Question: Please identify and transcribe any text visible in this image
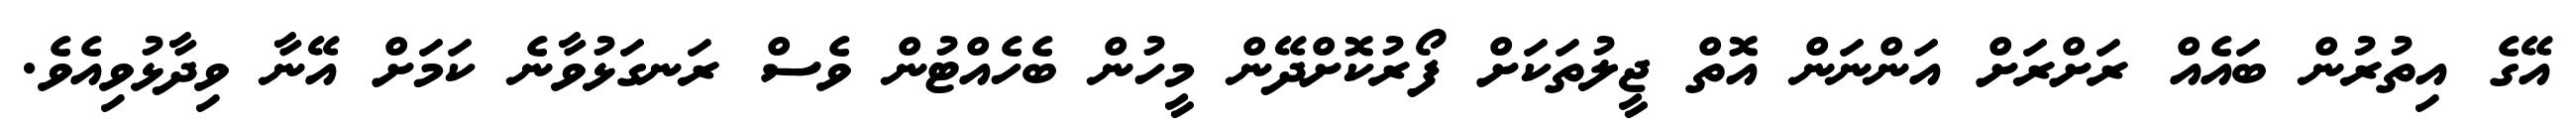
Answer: އޭގެ އިތުރުން ބައެއް ރަށްރަށް އަންނަން އޮތް ޖީލުތަކަށް ފޯރުކޮށްދޭން މީހުން ބެހެއްޓުން ވެސް ރަނގަޅުވާނެ ކަމަށް އޭނާ ވިދާޅުވިއެވެ.